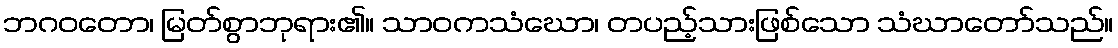
ဘဂဝတော၊ မြတ်စွာဘုရား၏။ သာဝကသံဃော၊ တပည့်သားဖြစ်သော သံဃာတော်သည်။